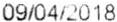
09/04/2018